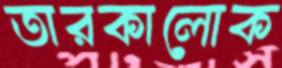
তারকালোক